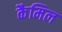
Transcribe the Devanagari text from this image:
कैमिल